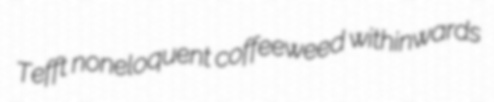
Tefft noneloquent coffeeweed withinwards